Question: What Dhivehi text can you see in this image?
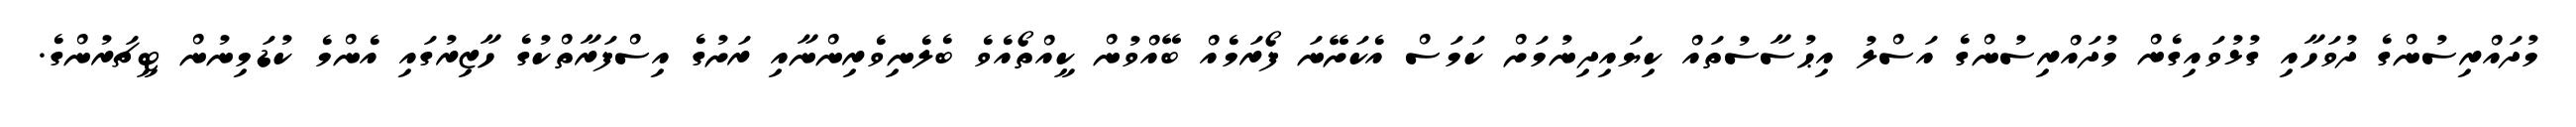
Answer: މުދައްރިސުންގެ ދުވަހާއި ގުޅުވައިގެން މުދައްރިސުންގެ އަސްލު އިޙުސާސުތައް ކިޔައިދިނުމަށް ކަމަސް އެކަށޭނަ ފޯރަމެއް ބޭއްވުން ކީއްތޯއެވެ ބެލެނިވެރިންނާއި ރަށުގެ އިސްފަރާތްކުގެ ހާޒިރުގައި އެންމެ ކުޑަމިނުން ޓީޗަރުންގެ.